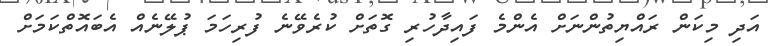
އަދި މިކަން ރައްޔިތުންނަށް އެންމެ ފައިދާހުރި ގޮތަށް ކުރެވޭނެ ފުރިހަމަ ޕުލޭނެއް އެބައޮތްކަމަށް